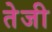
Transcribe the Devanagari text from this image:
तेेजी